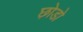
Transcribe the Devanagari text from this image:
छ़ोडो